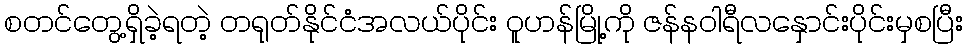
စတင်တွေ့ရှိခဲ့ရတဲ့ တရုတ်နိုင်ငံအလယ်ပိုင်း ဝူဟန်မြို့ကို ဇန်နဝါရီလနှောင်းပိုင်းမှစပြီး